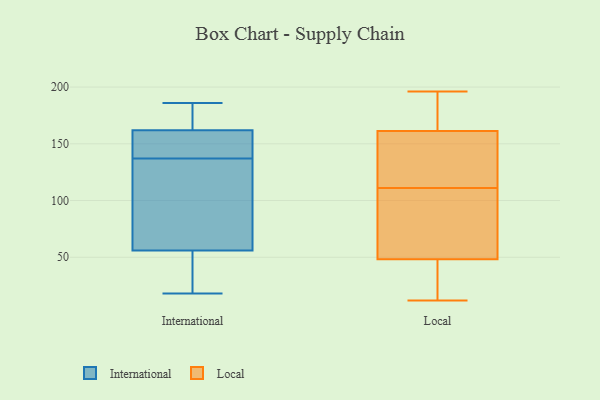
{"axis": {"x": "Production Output", "y": "Value"}, "legend": ["International", "Local"], "data": [{"x": "", "y": 22, "type": "International"}, {"x": "", "y": 186, "type": "International"}, {"x": "", "y": 80, "type": "International"}, {"x": "", "y": 131, "type": "International"}, {"x": "", "y": 56, "type": "International"}, {"x": "", "y": 125, "type": "International"}, {"x": "", "y": 176, "type": "International"}, {"x": "", "y": 143, "type": "International"}, {"x": "", "y": 160, "type": "International"}, {"x": "", "y": 18, "type": "International"}, {"x": "", "y": 162, "type": "International"}, {"x": "", "y": 33, "type": "International"}, {"x": "", "y": 162, "type": "International"}, {"x": "", "y": 148, "type": "International"}, {"x": "", "y": 159, "type": "Local"}, {"x": "", "y": 34, "type": "Local"}, {"x": "", "y": 162, "type": "Local"}, {"x": "", "y": 111, "type": "Local"}, {"x": "", "y": 46, "type": "Local"}, {"x": "", "y": 184, "type": "Local"}, {"x": "", "y": 14, "type": "Local"}, {"x": "", "y": 47, "type": "Local"}, {"x": "", "y": 81, "type": "Local"}, {"x": "", "y": 12, "type": "Local"}, {"x": "", "y": 83, "type": "Local"}, {"x": "", "y": 181, "type": "Local"}, {"x": "", "y": 141, "type": "Local"}, {"x": "", "y": 90, "type": "Local"}, {"x": "", "y": 196, "type": "Local"}, {"x": "", "y": 119, "type": "Local"}, {"x": "", "y": 52, "type": "Local"}, {"x": "", "y": 149, "type": "Local"}, {"x": "", "y": 189, "type": "Local"}]}